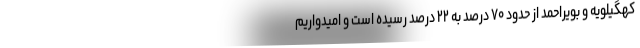
کهگیلویه ‌و بویراحمد از حدود ۷۰ درصد به ۲۲ درصد رسیده است و امیدواریم